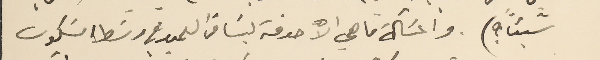
شيئاً ؟). والمسَالة ماهي الا خدمة لنا من العميد في وسَط السَكون